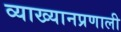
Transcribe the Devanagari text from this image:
व्याख्यानप्रणाली